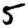
Digit: 5